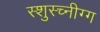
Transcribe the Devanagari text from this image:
स्शुस्च्नीग्ग